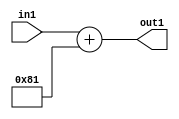
`timescale 1ps / 1ps
/*****************************************************************************
    Verilog RTL Description
    
    
    Created by: Stratus DpOpt 2019.1.01 
*******************************************************************************/

module DC_Filter_Add_12U_244_1 (
	in1,
	out1
	); /* architecture "behavioural" */ 
input [11:0] in1;
output [11:0] out1;
wire [11:0] asc001;

assign asc001 = 
	+(in1)
	+(12'B000010000001);

assign out1 = asc001;
endmodule

/* CADENCE  urnwSwk= : u9/ySgnWtBlWxVPRXgAZ4Og= ** DO NOT EDIT THIS LINE ******/